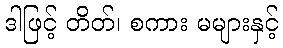
ဒါဖြင့် တိတ်၊ စကား မများနှင့်